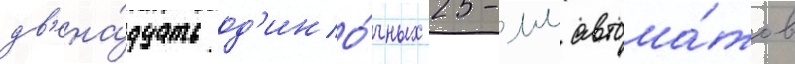
дв'ена́дцать од'ино́чных 25-мм автома́тов